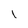
Character: I